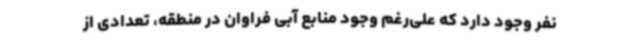
نفر وجود دارد که علی‌رغم وجود منابع آبی فراوان در منطقه، تعدادی از